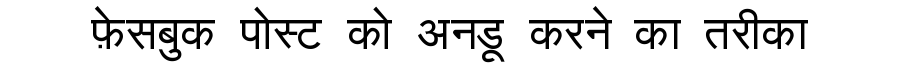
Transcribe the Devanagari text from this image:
फ़ेसबुक पोस्ट को अनडू करने का तरीका